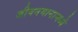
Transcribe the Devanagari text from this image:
जीवनमानामध्ये